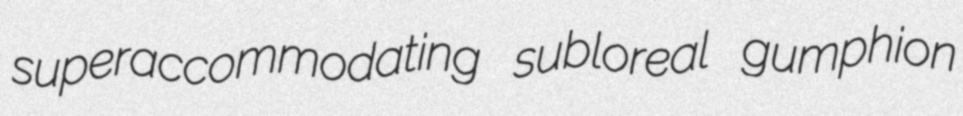
superaccommodating subloreal gumphion